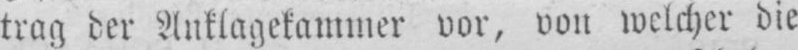
trag der Anklagekammer vor, von welcher die